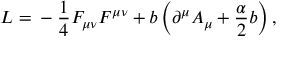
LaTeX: L = \mathrm { } - \frac { 1 } { 4 } F _ { \mu \nu } F ^ { \mu \nu } + b \left( \partial ^ { \mu } A _ { \mu } + \frac { \alpha } { 2 } b \right) ,